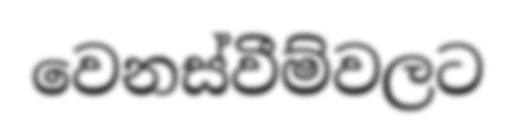
වෙනස්වීම්වලට